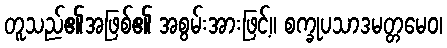
တူသည်၏အဖြစ်၏ အစွမ်းအားဖြင့်။ စက္ခုပသာဒမတ္တမေဝ၊